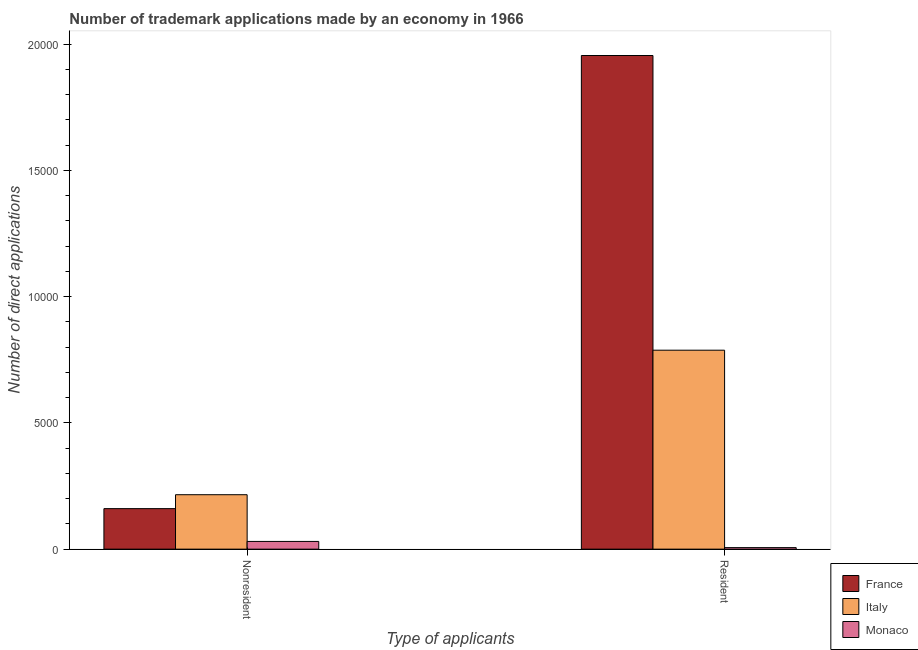
| Type of applicants | France | Italy | Monaco |
 | --- | --- | --- | --- |
 | Nonresident | 1.60e+03 | 2.16e+03 | 306 |
 | Resident | 1.96e+04 | 7.88e+03 | 61 |